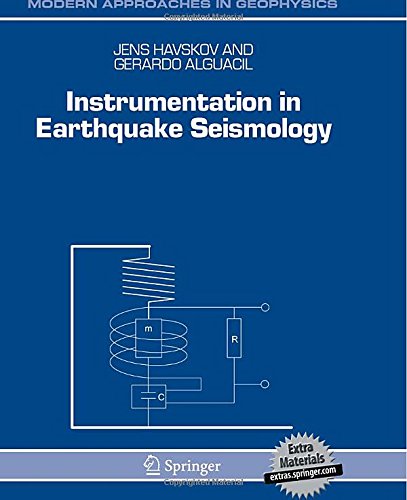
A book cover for Instrumentation in Earthquake Seismology (Modern Approaches in Geophysics); Jens Havskov; Science & Math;